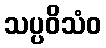
သပ္ပဝိသံဝ